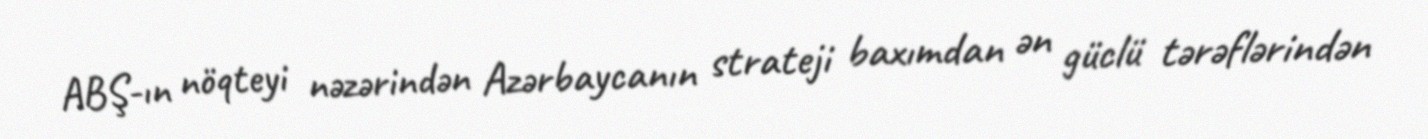
ABŞ-ın nöqteyi nəzərindən Azərbaycanın strateji baxımdan ən güclü tərəflərindən